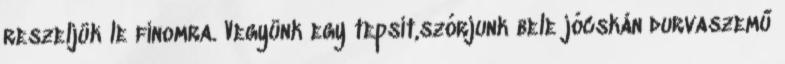
reszeljük le finomra. Vegyünk egy tepsit,szórjunk bele jócskán durvaszemű